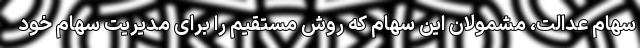
سهام عدالت، مشمولان این سهام که روش مستقیم را برای مدیریت سهام خود